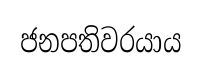
ජනපතිවරයාය